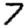
Digit: 7